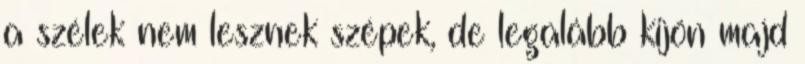
a szélek nem lesznek szépek, de legalább kijön majd